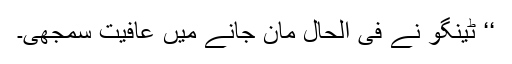
‘‘ ٹینگو نے فی الحال مان جانے میں عافیت سمجھی۔